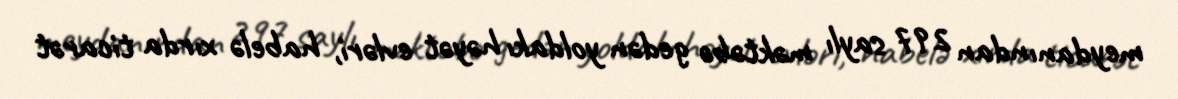
meydanından 297 saylı məktəbə gedən yoldakı həyət evləri, habelə xırda ticarət